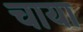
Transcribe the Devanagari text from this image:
चाया